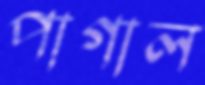
পাগাল